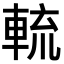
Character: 𨌙